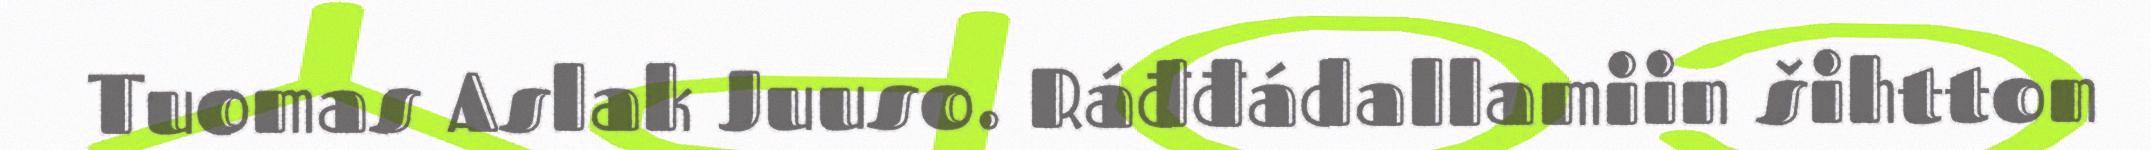
Tuomas Aslak Juuso. Ráđđádallamiin šihtton